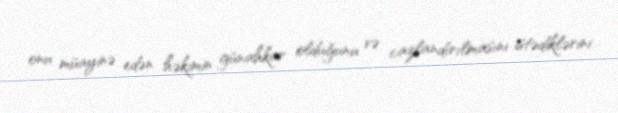
onu müayinə edən həkimin günahkar olduğunu və cazlandırılmasını istədiklərini